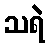
သရဲ